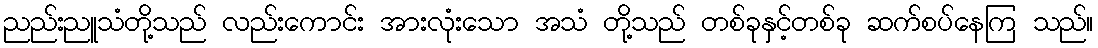
ညည်းညူသံတို့သည် လည်းကောင်း အားလုံးသော အသံ တို့သည် တစ်ခုနှင့်တစ်ခု ဆက်စပ်နေကြ သည်။